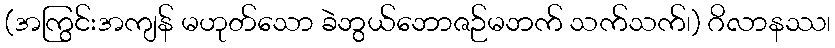
(အကြွင်းအကျန် မဟုတ်သော ခဲဘွယ်ဘောဇဉ်မဘက် သက်သက်၊) ဂိလာနဿ၊